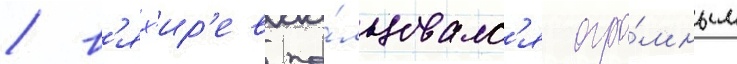
/ в'ях'ир'ев по́льзовалс'я огро́мным